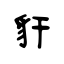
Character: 豻